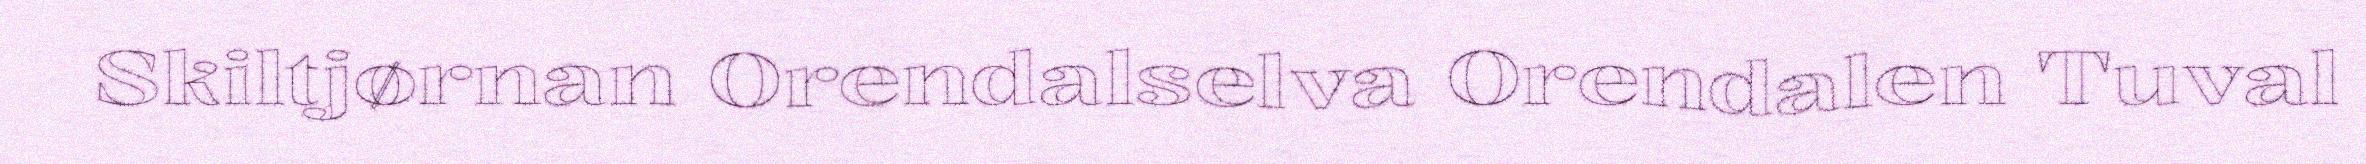
Skiltjørnan Orendalselva Orendalen Tuval